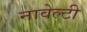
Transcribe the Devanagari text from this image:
नावेल्टी